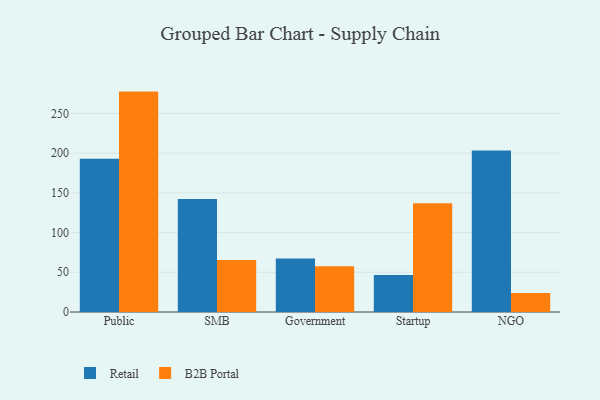
{"axis": {"x": "Segment", "y": "Customer Acquisition Cost (USD)"}, "legend": ["B2B Portal", "Retail"], "data": [{"x": "Public", "y": 192.9, "type": "Retail"}, {"x": "Public", "y": 277.4, "type": "B2B Portal"}, {"x": "SMB", "y": 142.2, "type": "Retail"}, {"x": "SMB", "y": 65.5, "type": "B2B Portal"}, {"x": "Government", "y": 67.2, "type": "Retail"}, {"x": "Government", "y": 57.5, "type": "B2B Portal"}, {"x": "Startup", "y": 46.5, "type": "Retail"}, {"x": "Startup", "y": 136.9, "type": "B2B Portal"}, {"x": "NGO", "y": 203.4, "type": "Retail"}, {"x": "NGO", "y": 24.0, "type": "B2B Portal"}]}